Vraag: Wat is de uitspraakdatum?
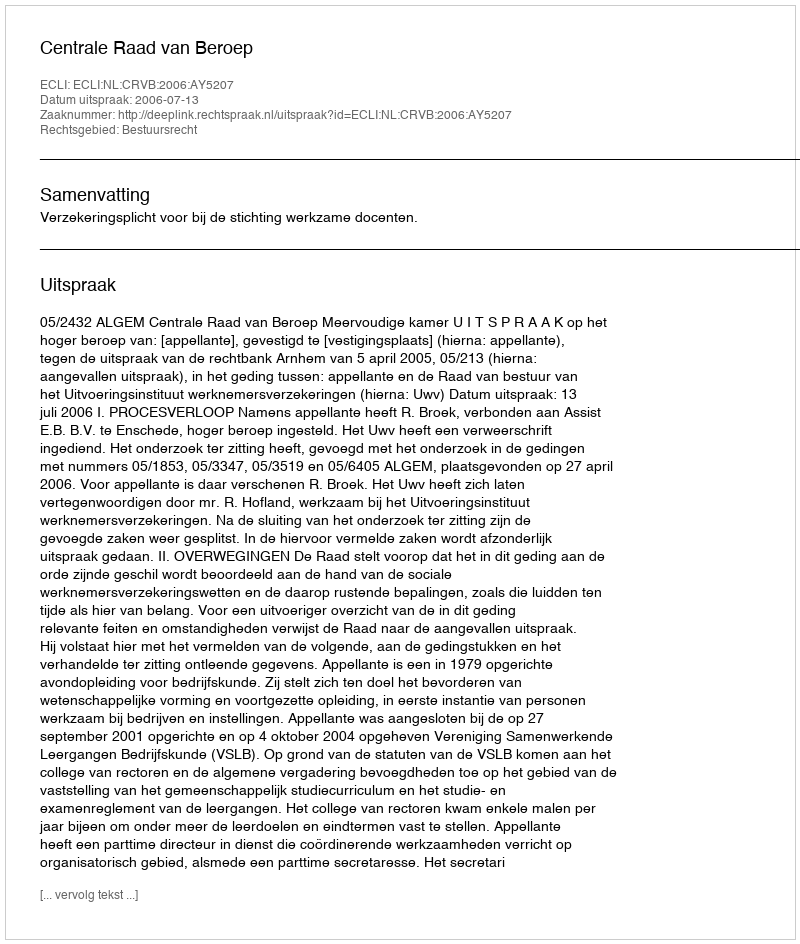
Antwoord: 2006-07-13